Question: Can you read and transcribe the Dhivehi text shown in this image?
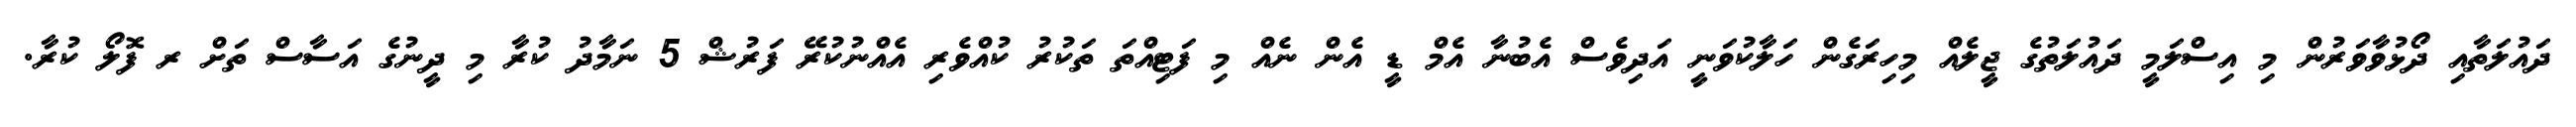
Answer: ދައުލަތާއި ދޯޅުވާވަރުން މި އިސްލަމީ ދައުލަތުގެ ޖީލެއް މިހިރަގެން ހަލާކުވަނީ އަދިވެސް އެބުނާ އެމް ޑީ އެން ނެއް މި ފަޓިއްތަ ތަކުރު ކުއްވެރި އެއްނުކުރޭ ފަރުޝް 5 ނަމާދު ކުރާ މި ދީނުގެ އަސާސް ތަށް ރ ފޮލޯ ކުރާ.